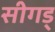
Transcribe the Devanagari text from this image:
सीगड्